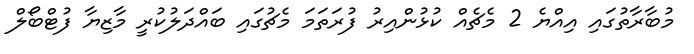
މުބާރާތުގައި އިއްޔެ 2 މެޗެއް ކުޅުންއިރު ފުރަތަމަ މެޗުގައި ބައްދަލުކުރީ މާޒިޔާ ފުޓްބޯލް